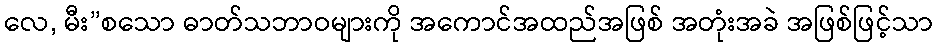
လေ, မီး”စသော ဓာတ်သဘာဝများကို အကောင်အထည်အဖြစ် အတုံးအခဲ အဖြစ်ဖြင့်သာ